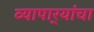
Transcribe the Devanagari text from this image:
व्यापार्‍यांचा